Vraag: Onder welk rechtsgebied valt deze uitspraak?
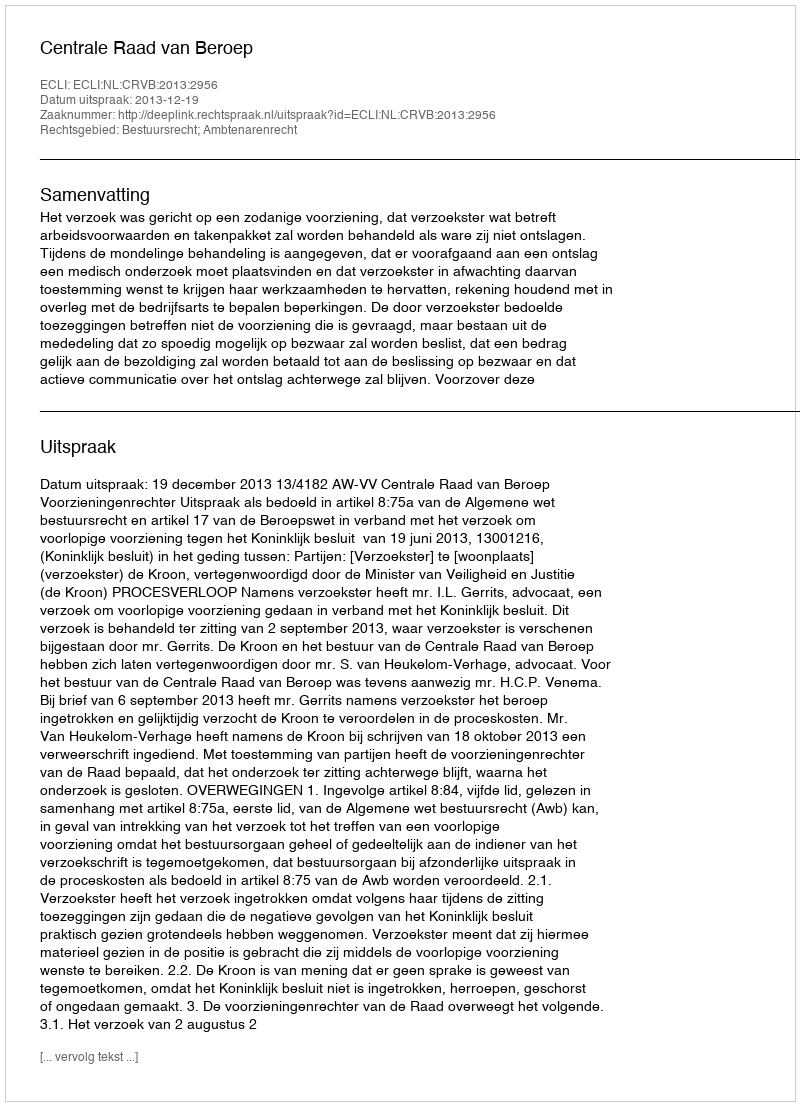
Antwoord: Bestuursrecht; Ambtenarenrecht